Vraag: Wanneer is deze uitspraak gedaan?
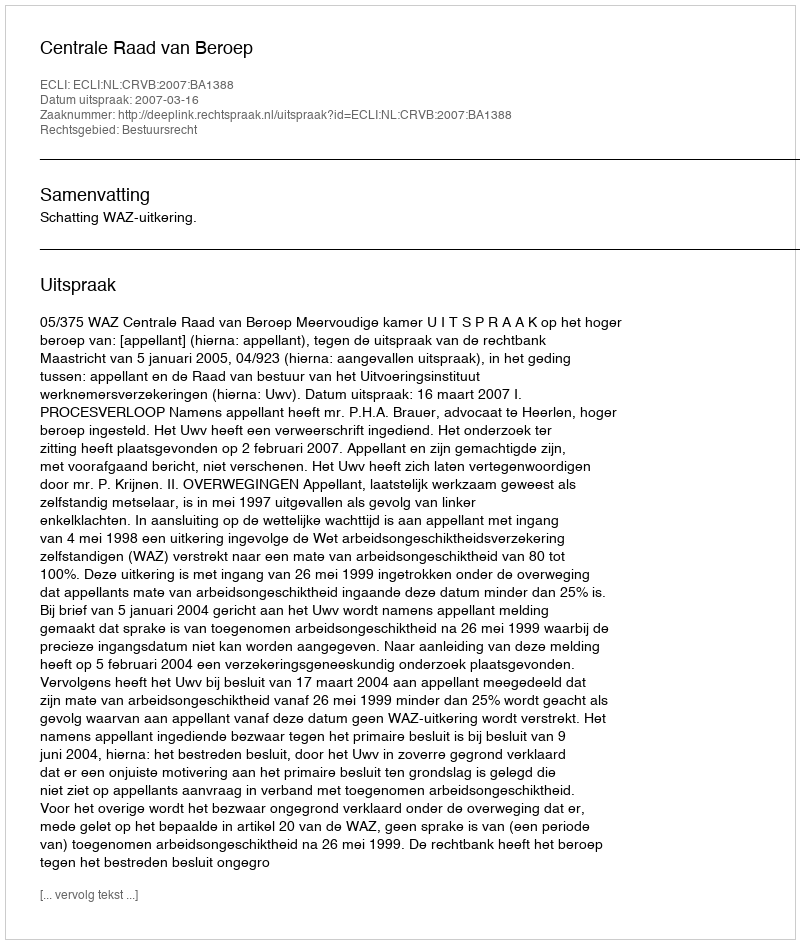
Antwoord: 2007-03-16